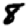
Digit: 8